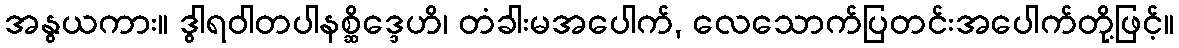
အနွယကား။ ဒွါရဝါတပါနစ္ဆိဒ္ဒေဟိ၊ တံခါးမအပေါက်, လေသောက်ပြတင်းအပေါက်တို့ဖြင့်။